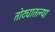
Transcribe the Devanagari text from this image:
तोट्यातल्या